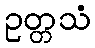
ဥတ္တသံ